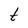
Character: t